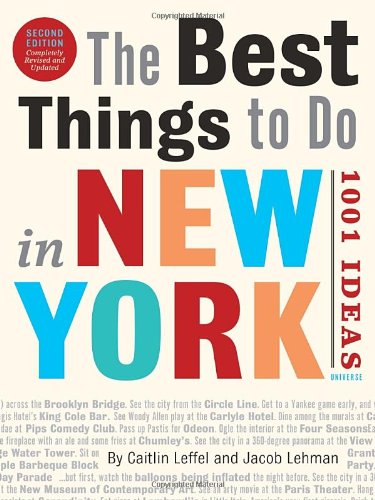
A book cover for The Best Things to Do in New York, Second Edition: 1001 Ideas; Caitlin Leffel; Travel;